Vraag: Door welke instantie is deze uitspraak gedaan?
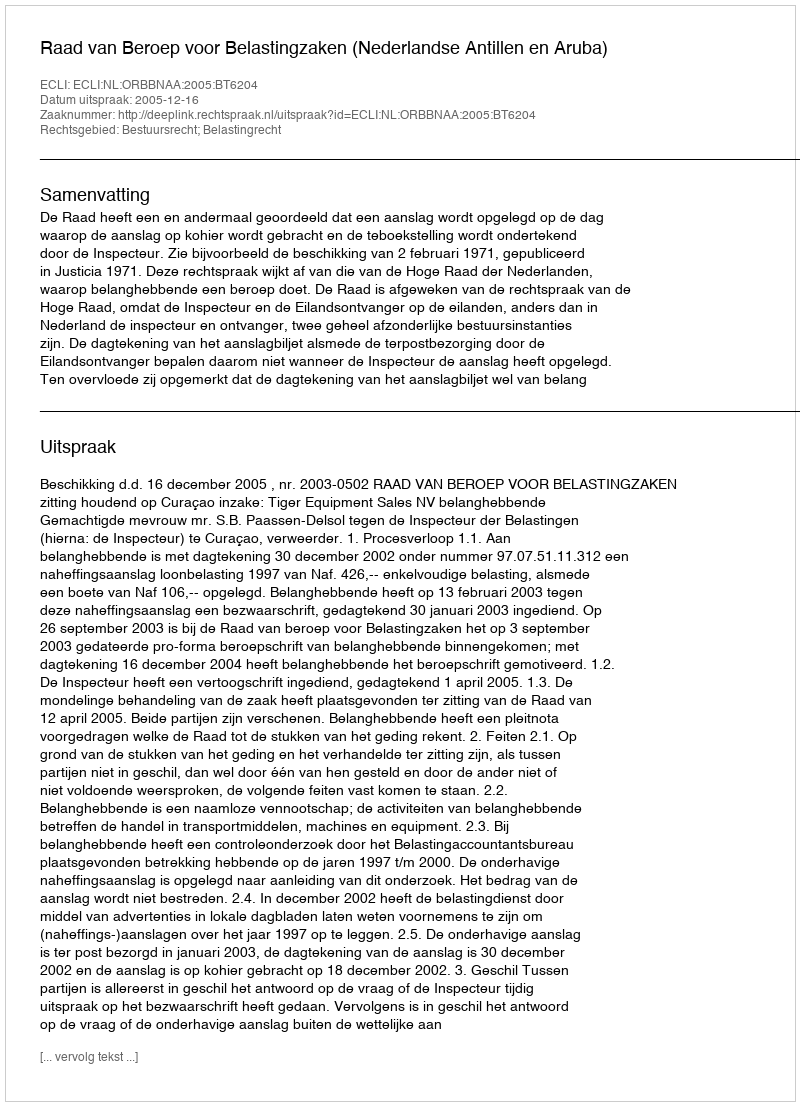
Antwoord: Raad van Beroep voor Belastingzaken (Nederlandse Antillen en Aruba)